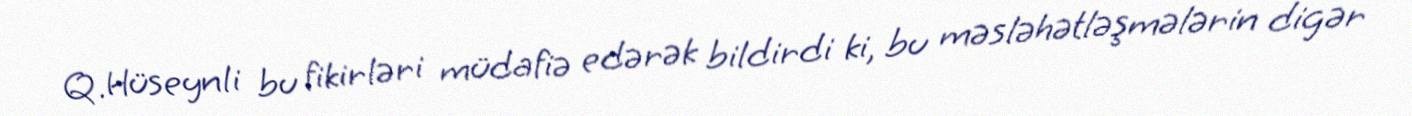
Q.Hüseynli bu fikirləri müdafiə edərək bildirdi ki, bu məsləhətləşmələrin digər